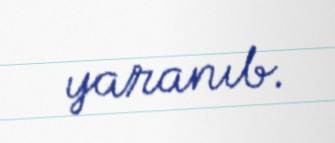
yaranıb.